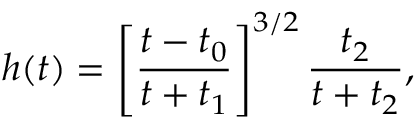
h ( t ) = \left[ \frac { t - t _ { 0 } } { t + t _ { 1 } } \right] ^ { 3 / 2 } \frac { t _ { 2 } } { t + t _ { 2 } } ,